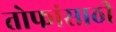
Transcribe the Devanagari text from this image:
तोफांसाठी